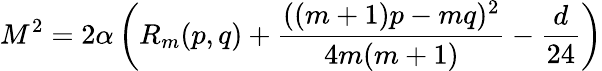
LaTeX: M^{2}=2\alpha\left(R_{m}(p,q)+{\frac{((m+1)p-mq)^{2}}{4m(m+1)}}-{\frac{d}{24}}\right)